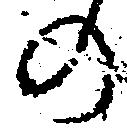
の